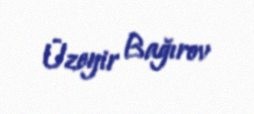
Üzeyir Bağırov